Medical and sanitary report of the native army of Madras for the year
Year: 1878
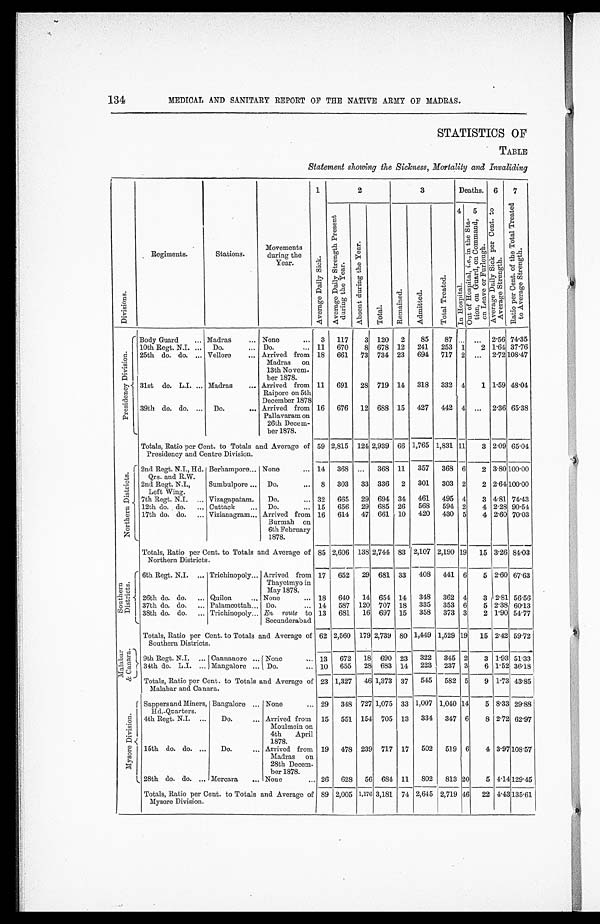
134
MEDICAL AND SANITARY REPORT OF THE NATIVE ARMY OF MADRAS.
STATISTICS OF
TABLE
Statement showing the Sickness, Mortality and Invaliding
D i v i s i o n s .
Regiments.
Stations.
Movements
during the
Year.
1
2
3
Deaths.
6
7
A v e r a g e D a i l y S i c k .
A v e r a g e D a i l y S t r e n g t h P r e s e n t d u r i n g t h e Y e a r .
A b s e n t d u r i n g t h e Y e a r .
T o t a l .
R e ma i n e d .
A d m i t t e d .
T o t a l T r e a t e d .
4 I n Hos pi t al .
5 O u t o f H o s p i t a l , i . e . , i n t h e S t a - t i o n , o n G u a r d , o n C o m m a n d , o n L e a v e o r F u r l o u g h .
A v e r a g e D a i l y S i c k p e r C e n t . t o A v e r a g e S t r e n g t h .
R a t i o p e r C e n t . o f t h e T o t a l T r e a t e d t o A v e r a g e S t r e n g t h .
P r e s i d e n c y D i v i s i o n .
Body Guard . . .
Madras . . . None . . .
3
117
3
120
2
85
87
. . .
. . .
2.56 74.35
10th Regt. N.I. . . .
Do. . . . Do. . . . 11
670
8
678
12
241
253
1
2 1.64 37.76
25th do. do. . . .
Vellore . . . Arrived from
Madras on
1 3 t h N o v e m -
ber 1878.
18
661
73
734
23
694
717
2
. . .
2.72 108.47
31st do. L.I. . . .
Madras . . . Arrived from
Raipore on 5th
December 1878
11
691
28
719
14
318
332
4
1 1.59 48.04
39th do. do. . . .
Do. . . . Arrived from
Pallavaram on
26th Decem-
ber 1878.
16
676
12
688
15
427
442
4
. . .
2.36 65.38
Totals, Ratio per Cent. to Totals and Average of
Presidency and Centre Division.
59 2,815
124 2,939
66 1,765 1,831 11
3 2.09 65.04
N o r t h e r n D i s t r i c t s .
2nd Regt. N.I., Hd.
Qrs. and R.W.
Berhampore . . . None . . . 14
368
. . .
368
11
357
368
6
2 3.80 100.00
2nd Regt. N.I.,
Left Wing.
Sumbulpore . . .
Do. . . .
8
303
33
336
2
301
303
2
2 2.64 100.00
7th Regt. N.I . . .
Vizagapatam.
Do. . . . 32
665
29
694
34
461
495
4
3 4.81 74.43
12th do. do. . . .
Cuttack . . .
Do. . . . 15
656
29
685
26
568
594
2
4 2.28 90.54
17th do. do. . . .
Vizianagram . . . Arrived from
Burmah on
6th February
1878.
16
614
47
661
10
420
430
5
4 2.60 70.03
S o u t h e r n D i s t r i c t s .
Totals, Ratio per Cent. to Totals and Average of
Northern Districts.
85 2,606
138 2,744
83 2,107 2,190 19
15 3.26 84.03
6th Regt. N.I. . . . Trichinopoly . . . Arrived from
Thayetmyo in
May 1878.
17
652
29
681
33
408
441
6
5 2.60 67.63
26th do. do. . . . Quilon . . . None . . .
18
640
14
654 14
348
362
4
3 2.81 56.56
37th do. do. . . . Palamcottah . . . Do. . . .
14
587
120
707
18
335
353
6
5 2.38 60.13
38th do. do. . . . Trichinopoly . . . En route to
Secunderabad
13
681
16
697
15
358
373
3
2 1.90 54.77
M a l a b a r & C a n a r a .
Totals, Ratio per Cent. to Totals and Average of
Southern Districts.
62 2,560
179 2,739
80 1,449 1,529 19
15 2.42 59.72
9th Regt. N.I. . . . Cannanore . . . None . . . 13
672
18
690
23
322
345
2
3 1.93 51.33
34th do. L.I. . . . Mangalore . . . Do. . . . 10
655
28
683
14
223
237
3
6 1.52 36.18
Totals, Ratio per Cent. to Totals and Average of
Malabar and Canara.
23 1,327
46 1,373
37
545
582
5
9 1.73 43.85
M y s o r e D i v i s i o n .
Sappers and Miners,
Hd.-Quarters.
Bangalore . . . None . . . 29
348
727 1,075
33 1,007 1,040 14
5 8.33 29.88
4th Regt. N.I. . . .
Do. . . . Arrived from
Moulmein on
4th April
1878.
15
551
154
705
13
334
347
6
8 2.72 62.97
15th do. do. . . .
Do. . . . Arrived from
Madras on
28th Decem-
ber 1878.
19
478
239
717
17
502
519
6
4 3.97 108.57
28th do. do. . . . Mercara . . . None . . . 26
628
56
684
11
802
813 20
5
4 . 1 4 129.45
Totals, Ratio per Cent. to Totals and Average of
Mysore Division.
89 2,005 1,176 3,181
74 2,645 2,719 46
22 4.43 135.61